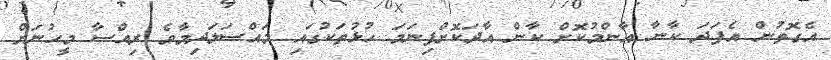
އެގޮތުން އެފަދަ ކާނާ އާންމުކޮށް ކާން އާދަކޮށްފިނަމަ ހުޅުތަކުގައި މައްސަލަދިމާވެ ރިއްސާ މީހުނަށް